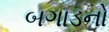
બગાડનો